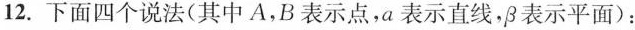
12.下面四个说法(其中A，B表示点，a表示直线，\beta 表示平面)：